Bréfritari: Ragnheiður Daníelsdóttir
Viðtakandi: Daníel Halldórsson
Dagsetning: A-1886-11-10
Skrifað á: Reykjavík  Gull.
Ragnheiður var dóttir Daníels

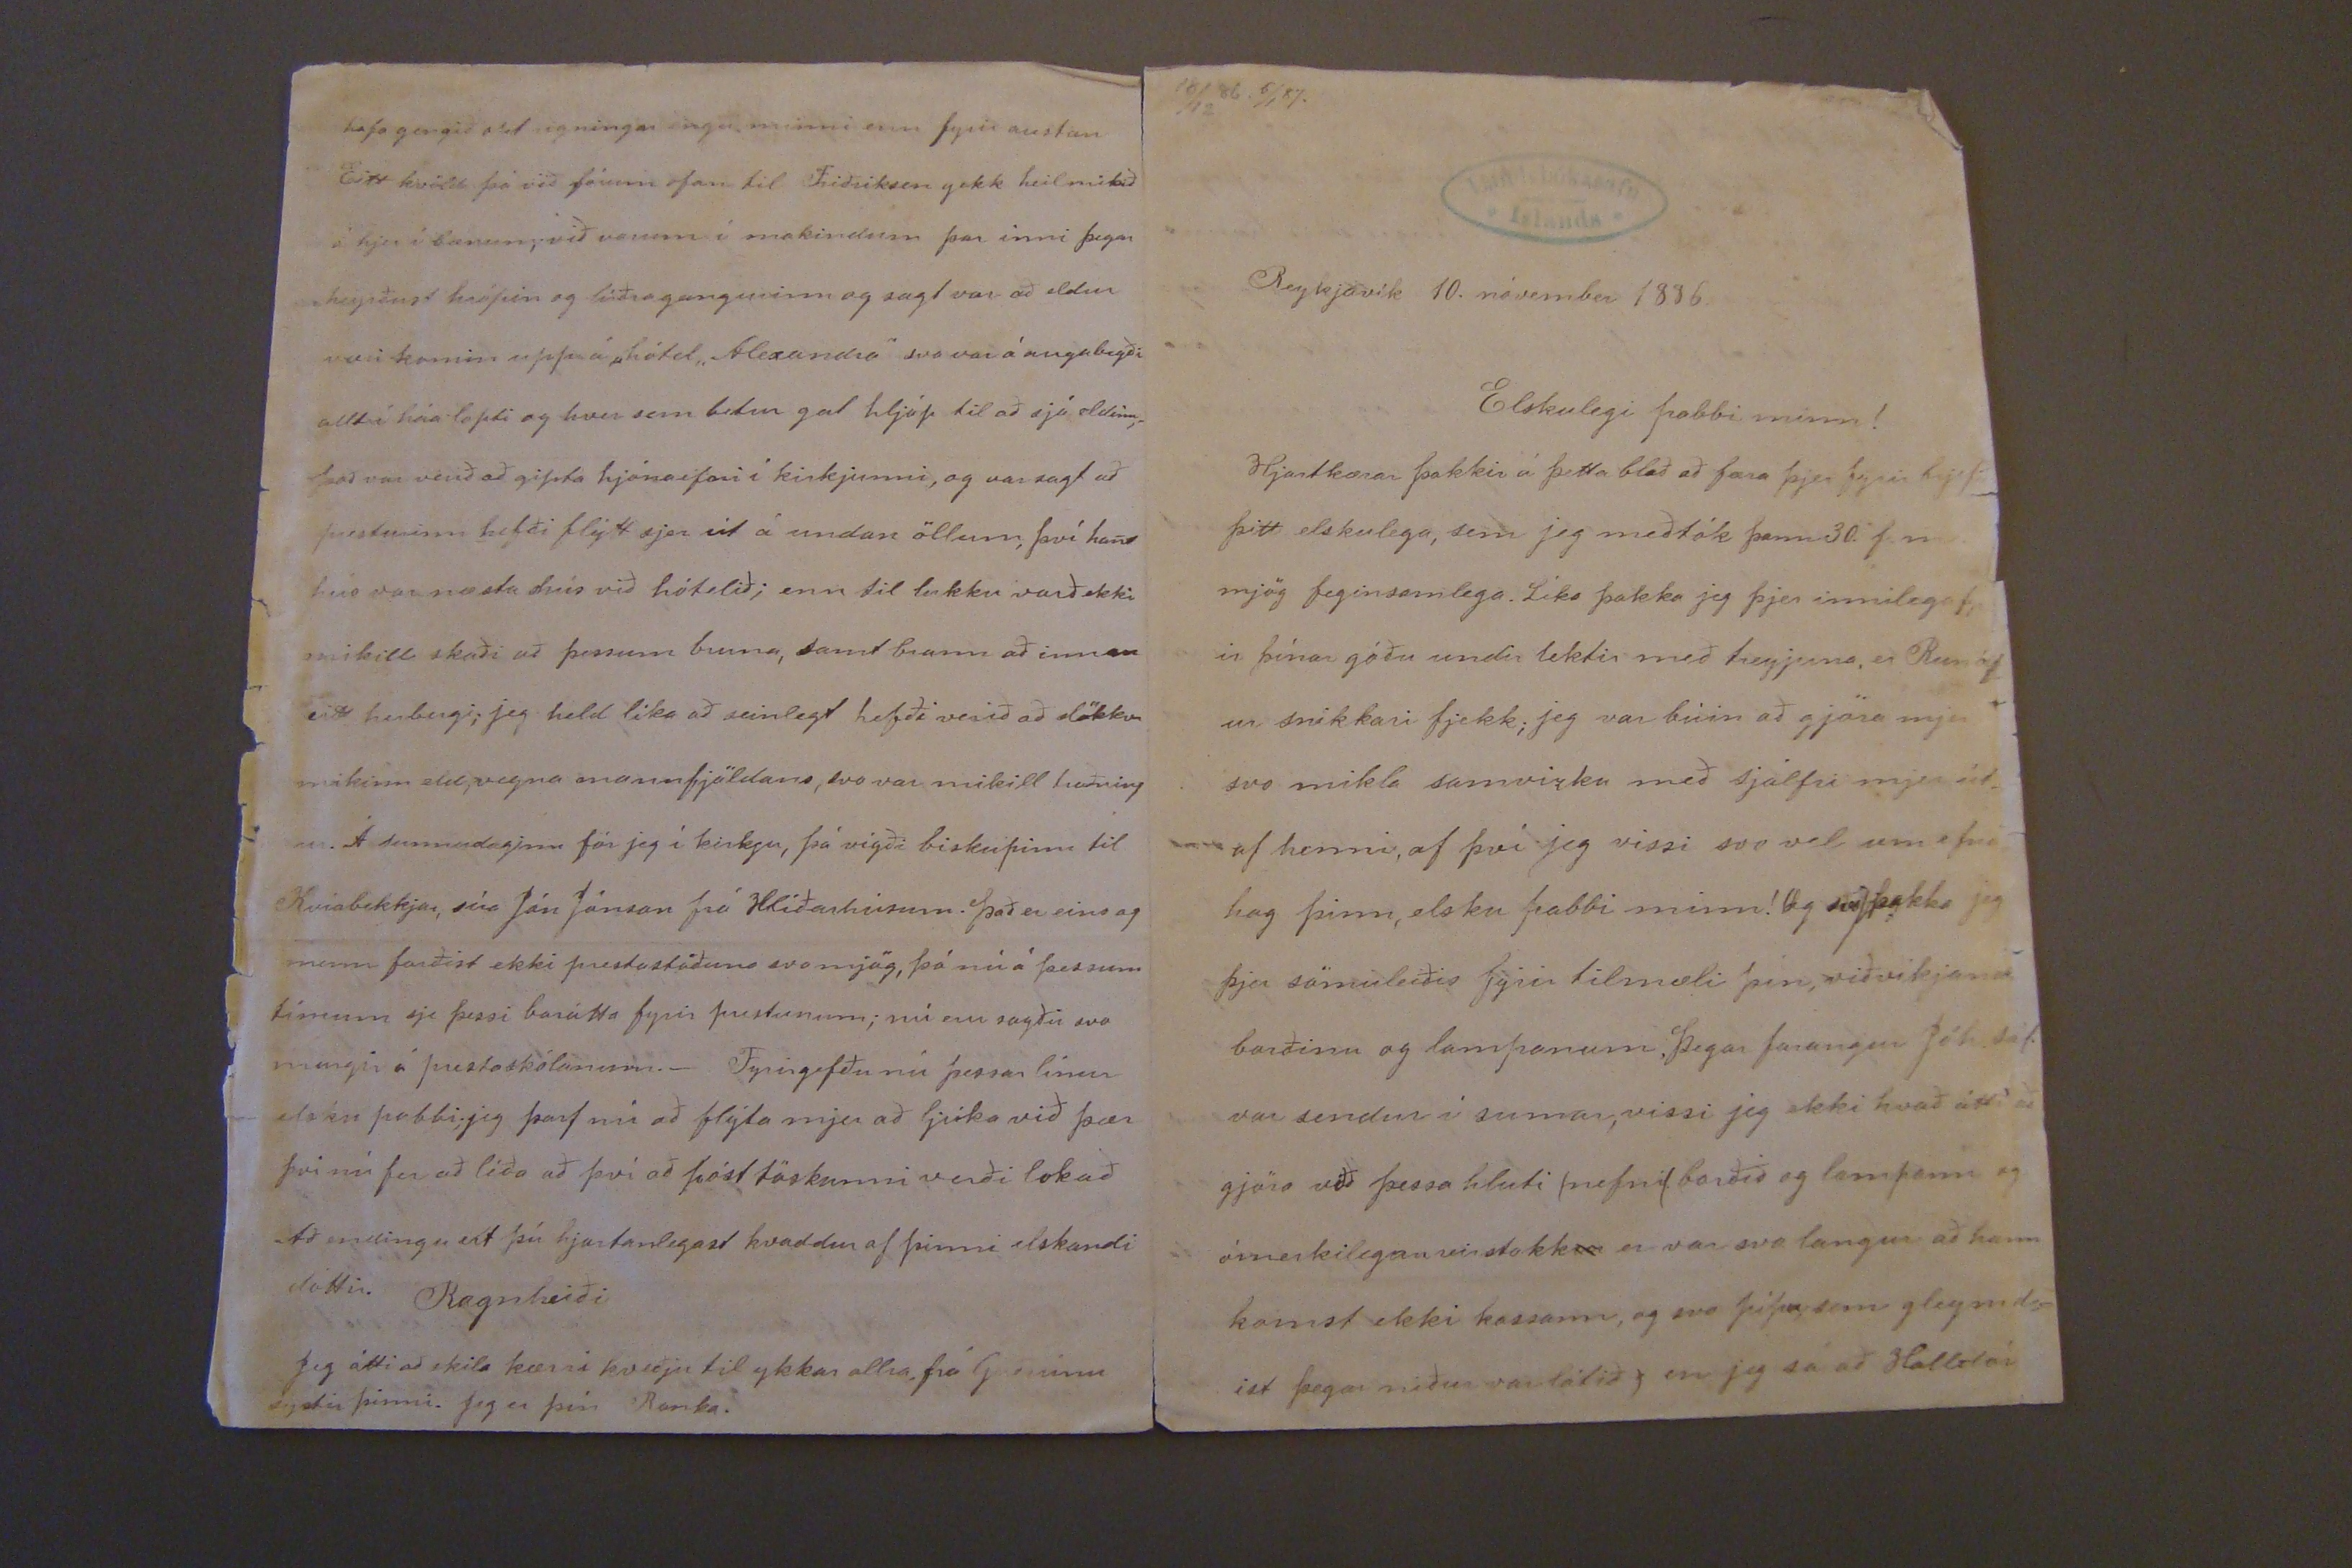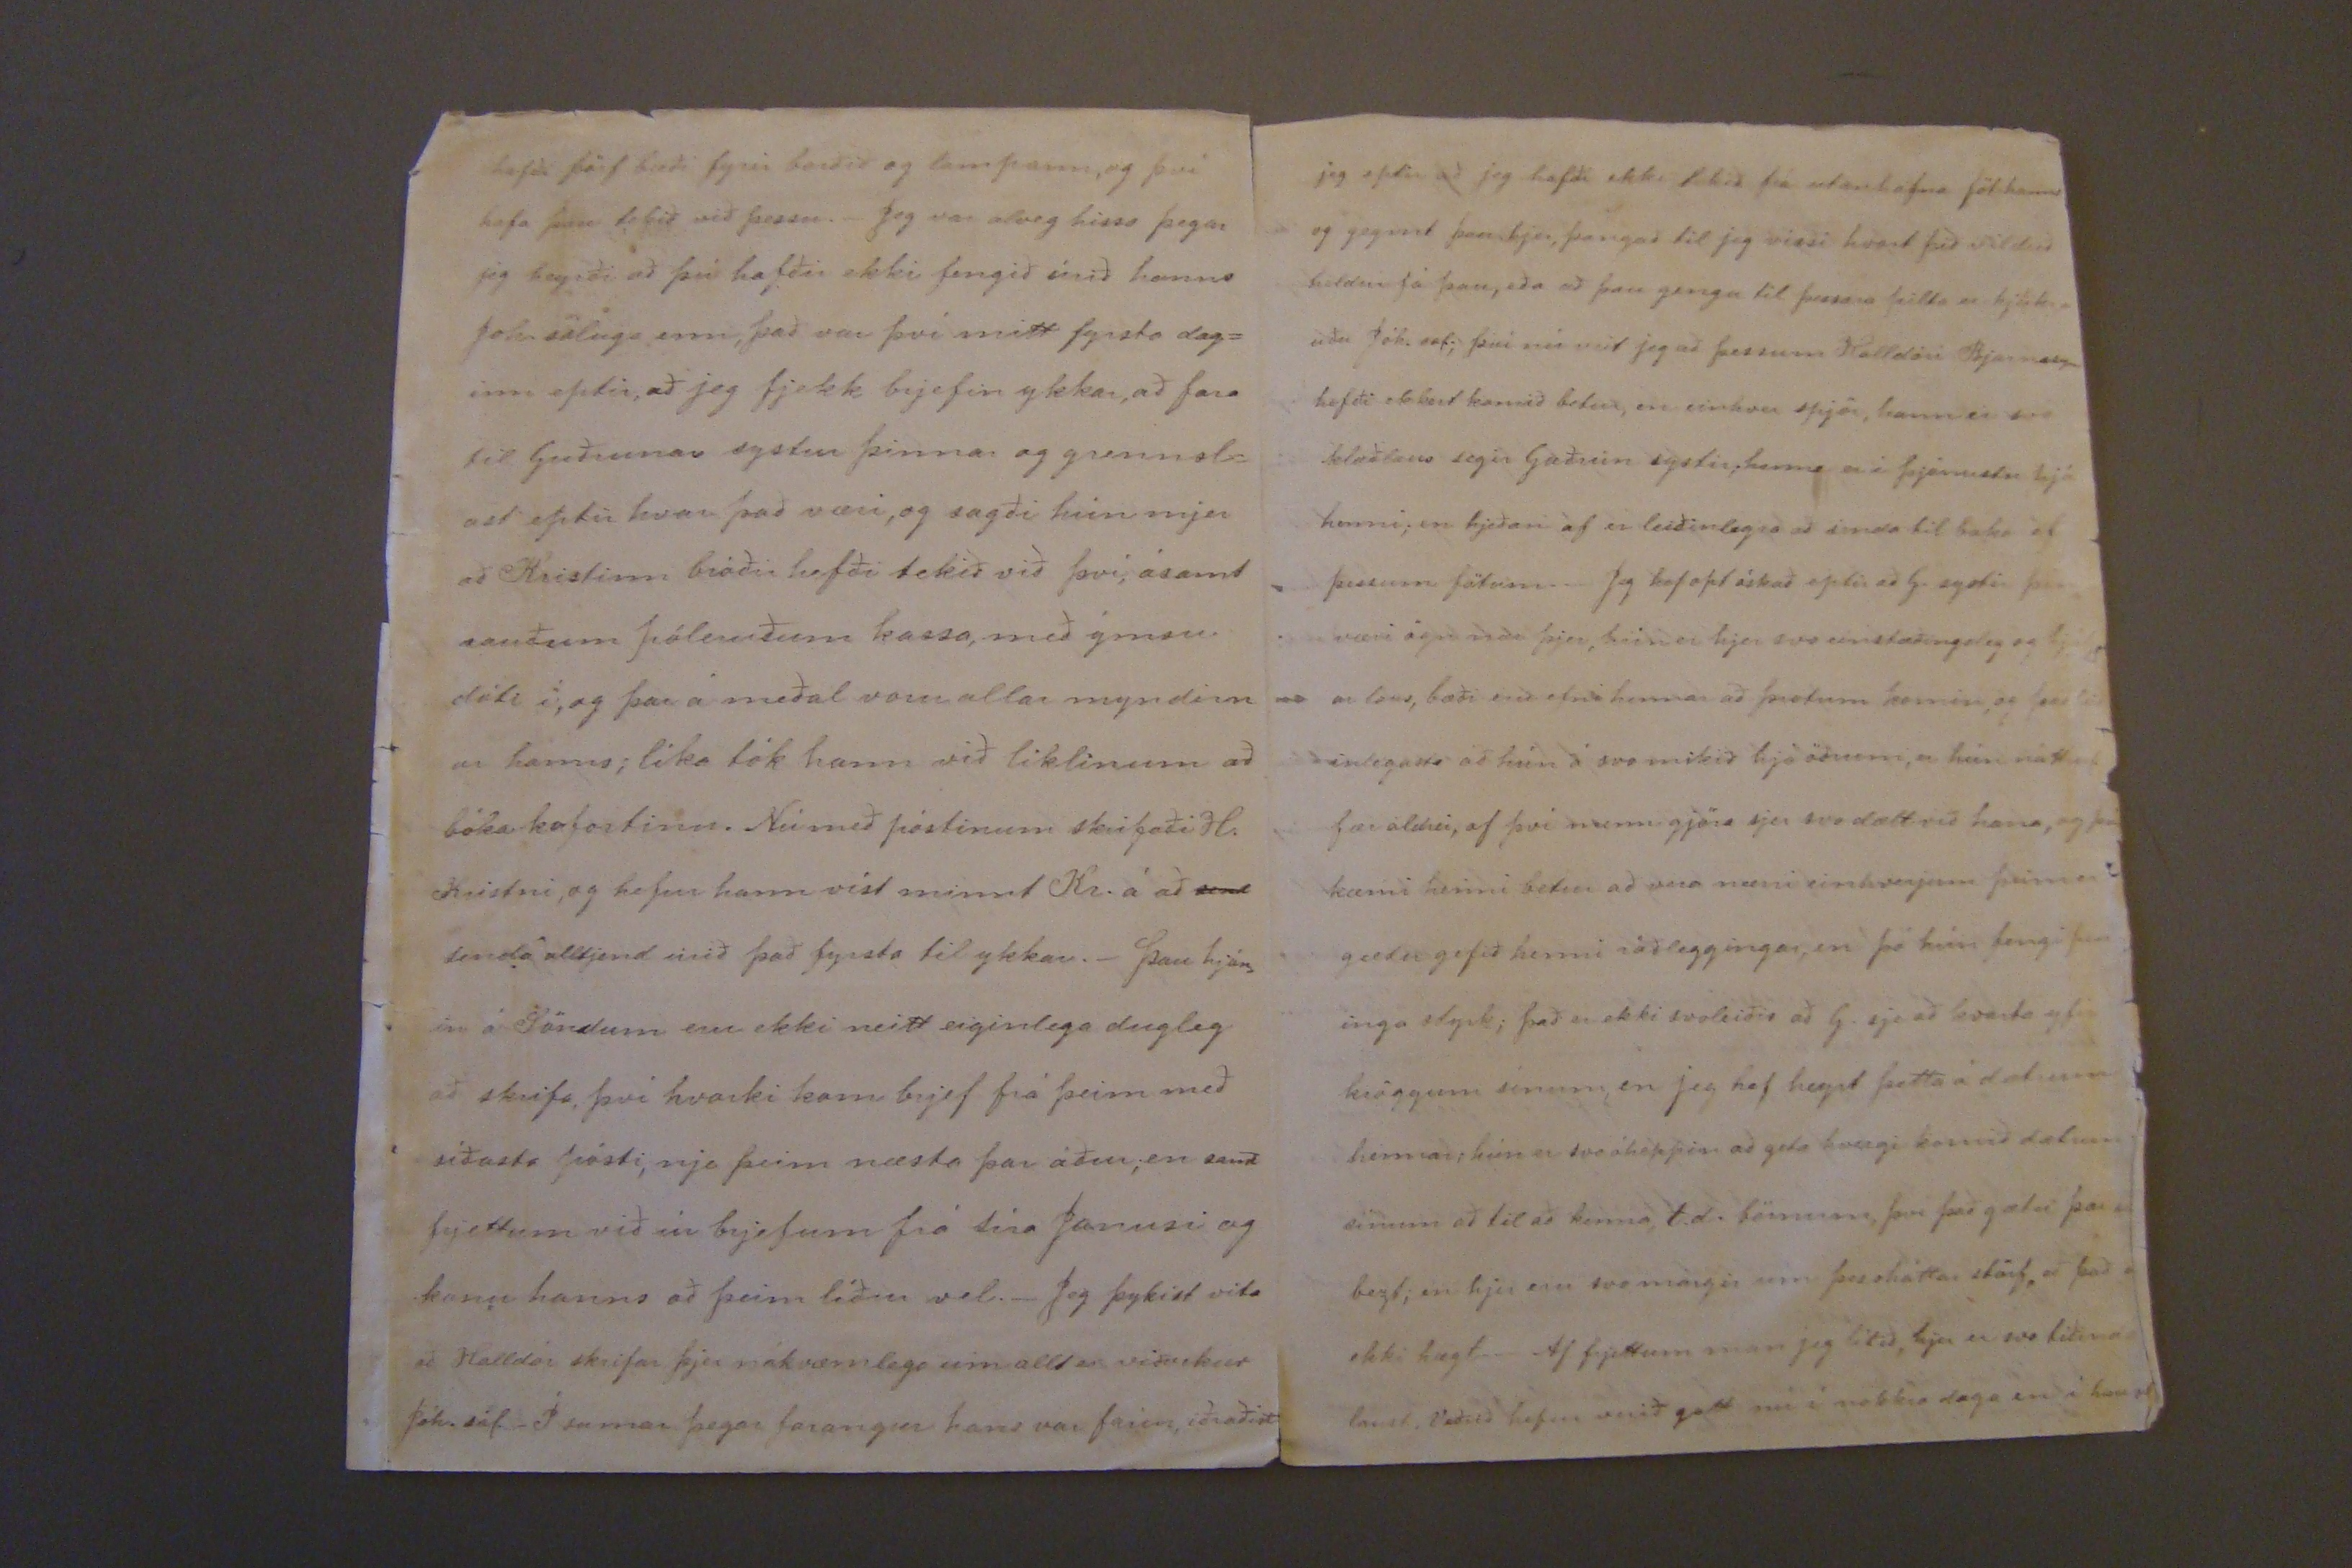

10/12 86. 6/1 87.
Reykjavík 10. nóvember 1886.
Elskulegi pabbi minn!
Hjartkærar þakkir á þetta blað að færa þjer fyrir brjefið þitt elskulega, sem jeg meðtók þann 30. þ.m. mjög feginsamlega. Líka þakka jeg þjer innilega fyr ir þínar góðu undir tektir með treyjuna, er Runólf ur snikkari fjekk; jeg var búin að gjöra mjer svo mikla samvizku með sjálfri mjer út af henni, af því jeg vissi svo vel um efna hag þinn, elsku pabbi minn! Og svo þakka jeg þjer sömuleiðis fyrir tilmæli þín, viðvíkjandi borðinu og lampanum. Þegar farangur Jóh. sál. var sendur í sumar, vissi jeg ekki hvað átti að gjöra við þessa hluti (nefnil. borðið og lampann og ómerkilegan vinstokk er var svo langur að hann komst ekki kassann, og svo pípa, sem gleymd= ist þegar niður var látið) en jeg sá að Halldór
hefði þörf bæði fyrir borðið og lampann, og því hafa þau tekið við þessu._ Jeg var alveg hissa þegar jeg heyrði að þú hafðir ekki fengið úrið hanns Joh. sáluga enn, það var því mitt fyrsta dag= inn eptir, að jeg fjekk brjefin ykkar, að fara til Guðrunar systur þinnar og grennsl= ast eptir hvar það væri, og sagði hún mjer að Kristinn bróðir hefði tekið við því, ásamt rauðum póleruðum kassa, með ýmsu dóti í; og þar á meðal voru allar myndirn ar hanns; líka tók hann við liklinum að bókakofortinu. Nú með póstinum skrifaði H. Kristni, og hefur hann víst minnt Kr. á að senda alltjend úrið það fyrsta til ykkar._ Þau hjón= in á Söndum eru ekki neitt eiginlega dugleg að skrifa, því hvorki kom brjef frá þeim með síðasta pósti, nje þeim næsta þar áður; en samt frjettum við úr brjefum frá séra Janusi og konu hanns að þeim líður vel._ Jeg þykist vita að Halldór skrifar þjer nákvæmlega um allt er viðvikur Jóh. sál._ Í sumar þegar farangur hans var farin, iðraðist
jeg eptir að jeg hafði ekki tekið frá utanhafna föt hanns og geymt þau hjer, þangað til jeg vissi hvort þið vilduð heldur fá þau, eða að þau gengu til þessara pilta er hjúkr= uðu Jóh. sál; því nú veit jeg að þessum Halldóri Bjarnasyni hefði ekkert komið betur; en einhver spjör, hann er svo klæðlaus segir Guðrún systir; hanns er í þjónustu hjá henni; en hjeðan af er leiðinlegra að senda til baka ef þessum fötum._ Jeg hef opt óskað eptir að G. systir þín væri ögn
0000
þjer, hún er hjer svo einstæðingsleg og hjálp arlaus, bæði eru efni hennar að þrotum komin, og það leið inlegasta að hún á svo mikið hjá öðrum, er hún nátturl. fær aldrei, af því menn gjöra sjer svo dælt við hana, og þá kæmi henni betur að vera nærri einhverjum þeim er gæti gefið henni ráðleggingar, en þó hún fengi pen= inga styrk; það er ekki svoleiðis að G. sje að kvarta yfir kröggum sínum, en jeg hef heyrt þetta á dætrum hennar; hún er svo óheppin að geta hvergi komið
dætum
sínum að til að koma, t.d. börnum, því það gætu
þær er
bezt; en hjer eru svo margir um þessháttar störf, að það er ekki hægt._ Af frjettum mun jeg lítið, hjer er svo tíðinda laust. Veðrið hefur verið gott nú í nokkra daga en í haust
hafa gengið opt rigningar engu minni enn fyrir austan Eitt kvöld þá við fórum ofan til Friðriksen gekk heilmikið á hjer í bænum; við vorum í makindum þar inni þegar heyrðust hrópin og lúðragangurinn og sagt var að eldur væri komin upp á hótel "Alexandra" svo var á auga
brgði
allt í háa lopti og hver sem betur gat hljóp til að sjá eldinn; það var verið að gipta hjóna
0fari
í kirkjunni, og var sagt að presturinn hefði flýtt sjer út á undan öllum, því hans hús var næsta hús við hótelið; enn til lukku varð ekki mikill skaði að þessum bruna, samt brann að innan eitt herbergi; jeg held líka að seinlegt hefði verið að slökkva mikinn eld, vegna mannfjöldans, svo var mikill troðning ur. Á sunnudaginn fór jeg í kirkju, þá vígði biskupinn til Kvíabekkjar, séra Jón Jónson frá Hlíðarhúsum. Það er eins og menn forðist ekki prestastöðuna svo mjög, þá nú á þessum tímum sje þessi barátta fyrir prestunum; nú eru sagðir svo margir á prestaskólunum._ Fyrirgefðu nú þessar línur elsku pabbi; jeg þarf nú að flýta mjer að ljúka við þær þvi nú fer að líða að því að póst töskunni verði lokað. Að endingu ert þú hjartanlegast kvaddur af þinni elskandi dóttir.
Ragnheiði
Jeg átti að skila kærri kveðju til ykkar allra, frá Guðrúnu systir þinni. Jeg er þín Ranka.